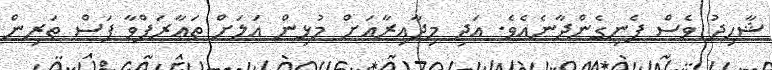
ޝާހިދު ވެސް ފެނިގެންދާނެއެވެ. އަދި މިދާއިރާއަށް މުޅިން އަލަށް ތަޢާރަފްވާ ފަސް ތަރިން